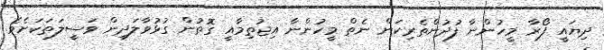
ދިޔައީ ފޯރާ މީހުންނާ ފުދުންތެރިކަން ނެތް މީހުންނާ އިޖުތިމާއީ ގޮތުން ގުޅުވާލަދިން ވަސީލަތަކަށެވެ.